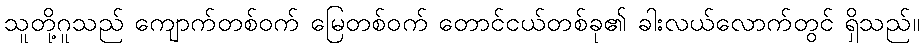
သူတို့ဂူသည် ကျောက်တစ်ဝက် မြေတစ်ဝက် တောင်ငယ်တစ်ခု၏ ခါးလယ်လောက်တွင် ရှိသည်။